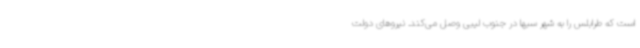
است که طرابلس را به شهر سبها در جنوب لیبی وصل می‌کند. نیروهای دولت